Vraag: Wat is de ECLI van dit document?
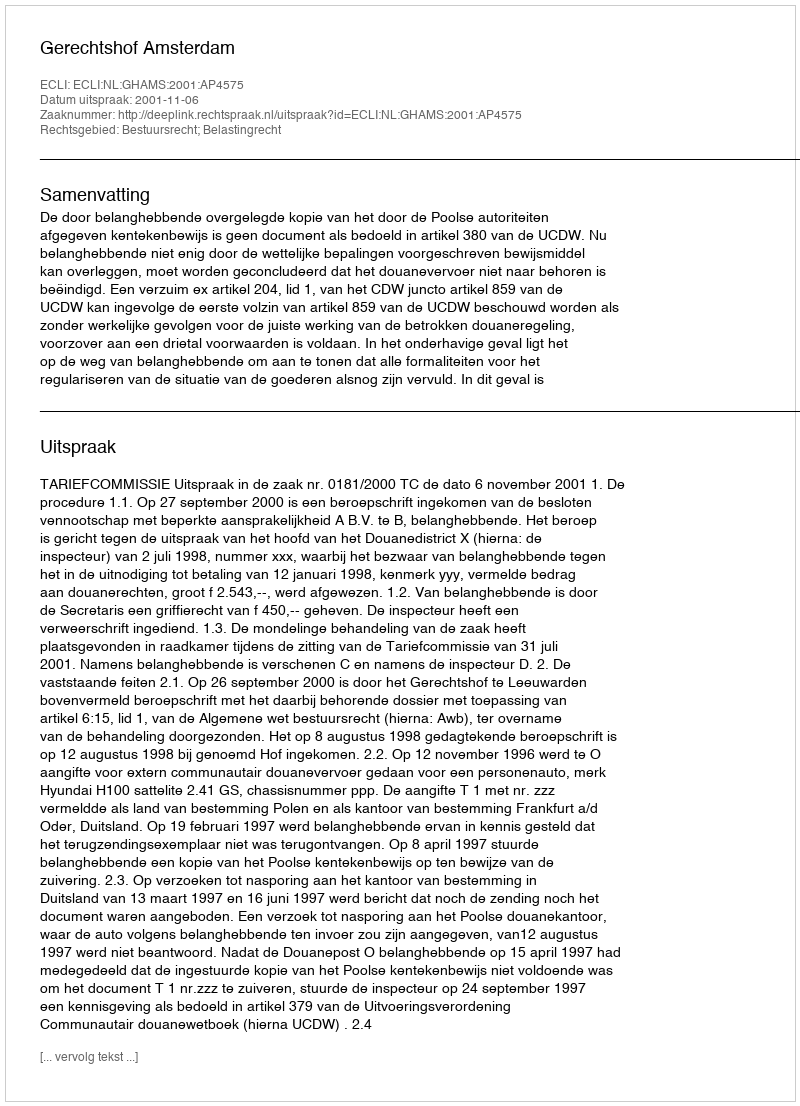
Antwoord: ECLI:NL:GHAMS:2001:AP4575